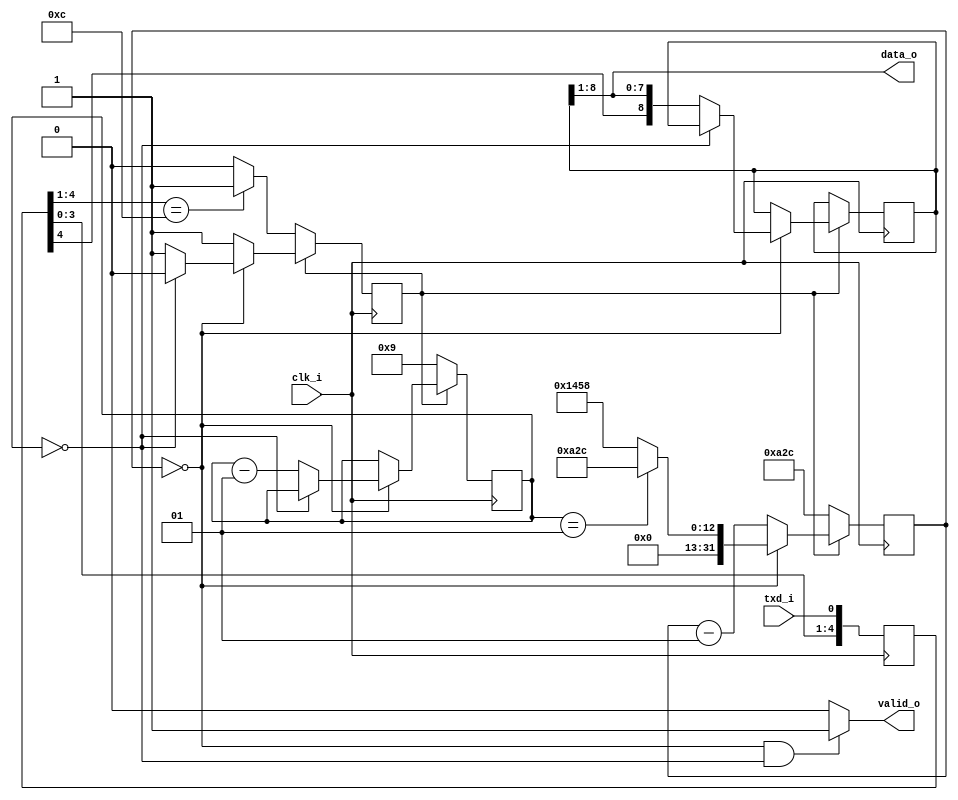
// Simulation UART receiver
// Outputs printable characters to the simulator console; uses Linux-style line breaks
// Character data is also returned to the top entity for further processing

// by Stephan Nolting, BSD 3-Clause License
// https://github.com/stnolting/neorv32-verilog

module uart_sim_receiver
#(
  parameter CLOCK_FREQ = 100000000, // clock frequency of <clk_i> in Hz
  parameter BAUD_RATE  = 19200      // target baud rate
)
(
  input  wire       clk_i,  // clock input, triggering on rising edge
  input  wire       txd_i,  // UART transmit data
  output wire [7:0] data_o, // character data
  output wire       valid_o // character data valid when set
);

  // duration of a single bit
  localparam UART_BAUD_VAL = CLOCK_FREQ / BAUD_RATE;

  reg     [4:0] uart_rx_sync; // synchronizer shift register
  reg           uart_rx_busy; // busy flag
  reg     [8:0] uart_rx_sreg; // de-serializer
  integer       uart_rx_baud_cnt; // bit-sample counter for baud rate
  integer       uart_rx_bitcnt; // bit counter: 8 data bits, 1 start bit
  wire    [7:0] char = uart_rx_sreg[8:1]; // character data

  // initialize because we don't have a real reset
  initial begin
    uart_rx_sync = 5'b11111;
    uart_rx_busy = 1'b0;
    uart_rx_sreg = 9'b000000000;
    uart_rx_baud_cnt = UART_BAUD_VAL / 2;
    uart_rx_bitcnt = 0;
  end

  // UART receiver
  always @(posedge clk_i) begin
    // synchronizer
    uart_rx_sync <= {uart_rx_sync[3:0], txd_i};
    // arbiter
    if (!uart_rx_busy) begin // idle
      uart_rx_busy     <= 0;
      uart_rx_baud_cnt <= UART_BAUD_VAL / 2;
      uart_rx_bitcnt   <= 9;
      if (uart_rx_sync[4:1] == 4'b1100) begin // start bit (falling edge)?
        uart_rx_busy <= 1;
      end
    end else begin
      if (uart_rx_baud_cnt == 0) begin
        if (uart_rx_bitcnt == 1) begin
          uart_rx_baud_cnt <= UART_BAUD_VAL / 2;
        end else begin
          uart_rx_baud_cnt <= UART_BAUD_VAL;
        end
        // sample 8 data bits and 1 start bit
        if (uart_rx_bitcnt == 0) begin
          uart_rx_busy <= 1'b0; // done
          if ((char >= 32) && (char <= 127)) begin // is a printable char?
            $write ("%c", char);
          end else if (char == 10) begin // Linux line break?
            $display (""); // force terminal line break
          end
        end else begin
          uart_rx_sreg   <= {uart_rx_sync[4], uart_rx_sreg[8:1]};
          uart_rx_bitcnt <= uart_rx_bitcnt - 1;
        end
      end else begin
        uart_rx_baud_cnt <= uart_rx_baud_cnt - 1;
      end
    end
  end

  // character output
  assign data_o = char; // character data
  assign valid_o = ((uart_rx_baud_cnt == 0) && (uart_rx_bitcnt == 0)) ? 1'b1 : 1'b0; // character valid

endmodule // uart_sim_receiver